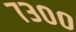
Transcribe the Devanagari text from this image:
७३००